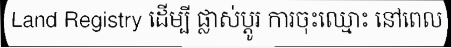
Land Registry ដើម្បី ផ្លាស់ប្តូរ ការចុះឈ្មោះ នៅពេល